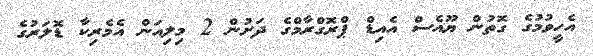
އެހީވުމުގެ ގޮތުން ޔޫއެސް އެއިޑް ޕްރޮގްރާމްގެ ދަށުން 2 މިލިއަން އެމެރިކާ ޑޮލަރުގެ